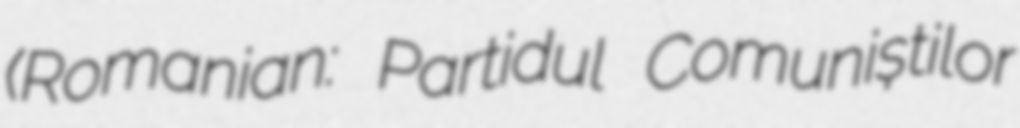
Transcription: (Romanian: Partidul Comuniștilor